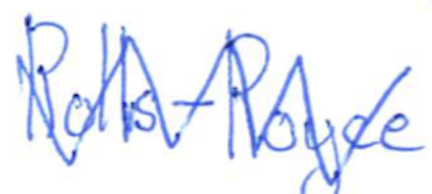
Text: Rolls-Royce
Cross-out: zig-zag
Writing tool: ballpoint